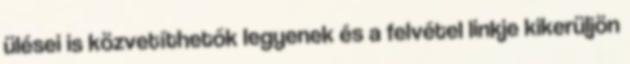
ülései is közvetíthetők legyenek és a felvétel linkje kikerüljön